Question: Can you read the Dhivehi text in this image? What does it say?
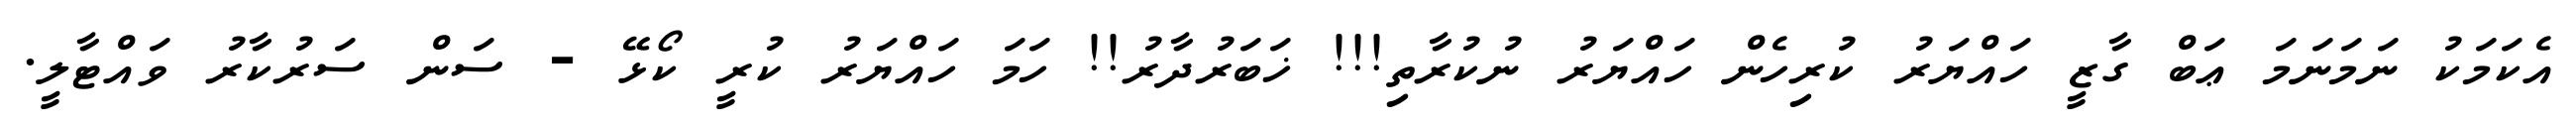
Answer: އެކަމަކު ނަމަނަމަ ޢަބް ގާޒީ ހައްޔަރު ކުރިހެން ހައްޔަރު ނުކުރާތި!!! ޚަބަރުދާރު!! ހަމަ ހައްޔަރު ކުރީ ކޯޅޭ - ސަން ސަރުކާރު ވައްޓާލީ.